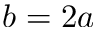
b = 2 a